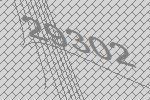
29302